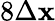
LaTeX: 8\Delta\mathbf{x}